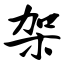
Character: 架